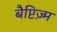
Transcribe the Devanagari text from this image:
बैप्टिज़्म